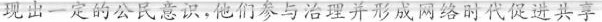
现出一定的公民意识，他们参与治理并形成网络时代促进共享